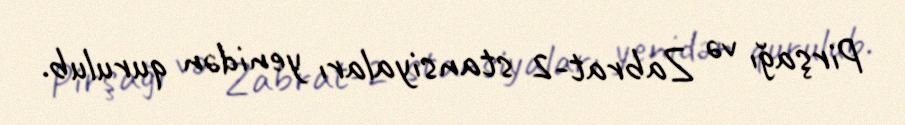
Pirşağı və Zabrat-2 stansiyaları yenidən qurulub.